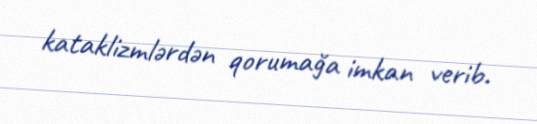
kataklizmlərdən qorumağa imkan verib.